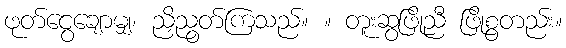
ဖုတ်ငွေချောမျှ၊ ညှိညွတ်ကြသည်။ ။ တူးဆွဖြိုညီ ဖြိုစွတည်း။